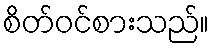
စိတ်ဝင်စားသည်။